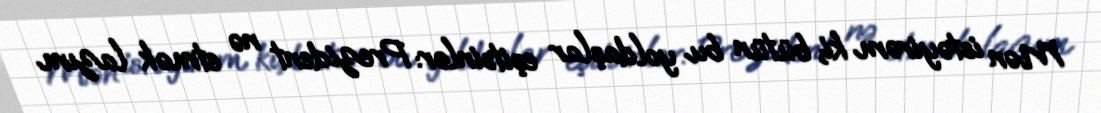
Mən istəyirəm ki, bütün bu yoldaşlar eşitsinlər: Prezident nə etmək lazım